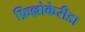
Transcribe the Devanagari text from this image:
फ़िल्लोकेरीडा